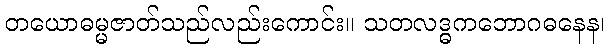
တယောဓမ္မဇာတ်သည်လည်းကောင်း။ သတလဒ္ဓကဘောဂဓနေန၊